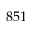
8 5 1